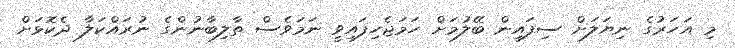
މި އަހަރުގެ ނިޔަލަށް ސިފައިން ބޭލުމަށް ހަމަޖެހިފައިވީ ނަމަވެސް ތާލިބާނުންގެ ނުރައްކަލާ ދެކޮޅަށް